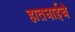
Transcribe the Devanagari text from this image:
हातघाईचे